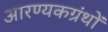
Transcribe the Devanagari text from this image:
आरण्यकग्रंथों